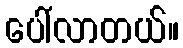
ပေါ်လာတယ်။